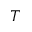
T